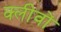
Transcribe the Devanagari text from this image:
क्लीवों